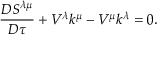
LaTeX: { \frac { D S ^ { \lambda \mu } } { D \tau } } + V ^ { \lambda } k ^ { \mu } - V ^ { \mu } k ^ { \lambda } = 0 .